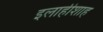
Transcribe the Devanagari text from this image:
इलाहीशाह